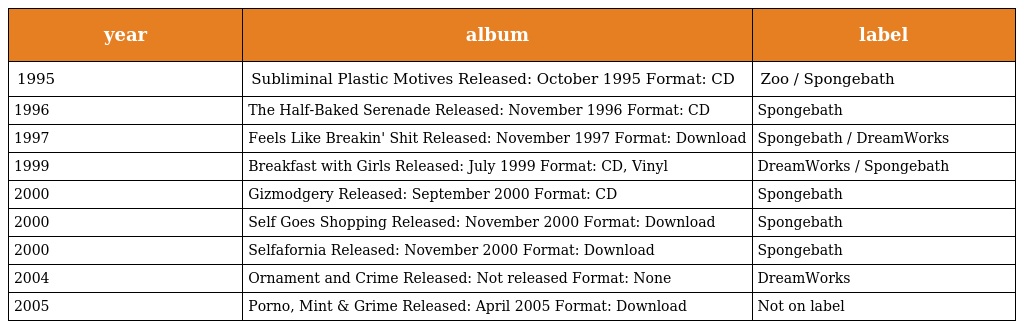
| year | album | label |
 | --- | --- | --- |
 | 1995 | Subliminal Plastic Motives Released: October 1995 Format: CD | Zoo / Spongebath |
 | 1996 | The Half-Baked Serenade Released: November 1996 Format: CD | Spongebath |
 | 1997 | Feels Like Breakin' Shit Released: November 1997 Format: Download | Spongebath / DreamWorks |
 | 1999 | Breakfast with Girls Released: July 1999 Format: CD, Vinyl | DreamWorks / Spongebath |
 | 2000 | Gizmodgery Released: September 2000 Format: CD | Spongebath |
 | 2000 | Self Goes Shopping Released: November 2000 Format: Download | Spongebath |
 | 2000 | Selfafornia Released: November 2000 Format: Download | Spongebath |
 | 2004 | Ornament and Crime Released: Not released Format: None | DreamWorks |
 | 2005 | Porno, Mint & Grime Released: April 2005 Format: Download | Not on label |